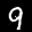
Label: 9